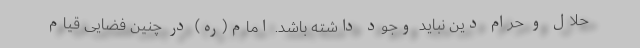
حلال و حرام دین نباید وجود داشته باشد. امام(ره) در چنین فضایی قیام